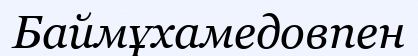
Баймұхамедовпен